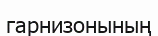
гарнизонының